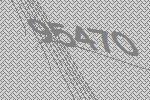
95470